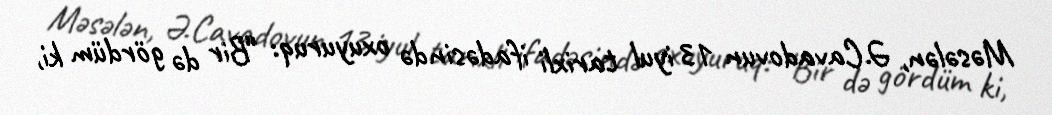
Məsələn, Ə.Cavadovun 13 iyul tarixli ifadəsində oxuyuruq: “Bir də gördüm ki,